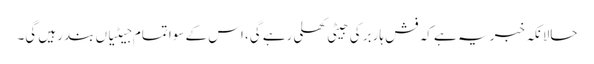
حالانکہ خبر یہ ہے کہ فش ہاربر کی جیٹی کھلی رہے گی، اس کے سوا تمام جیٹیاں بند رہیں گی۔